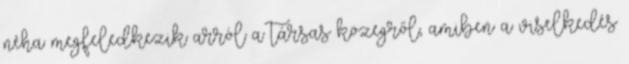
néha megfeledkezik arról a társas közegről, amiben a viselkedés